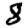
Digit: 8